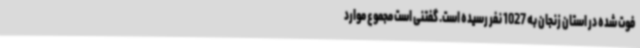
فوت شده در استان زنجان به 1027 نفر رسیده است. گفتنی است مجموع موارد